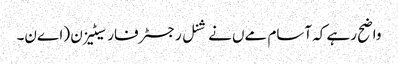
واضح رہے کہ آسام مےں نےشنل رجسٹر فار سیٹیزن (اےن۔